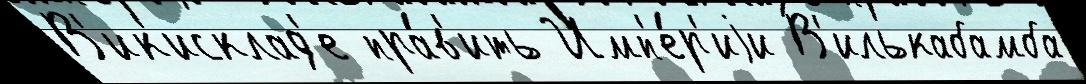
В'ик'исклад'е пра́в'ить Имп'е́р'иjи В'илькабамба